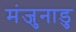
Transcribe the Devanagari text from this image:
मंजुनाडु